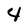
Character: 4